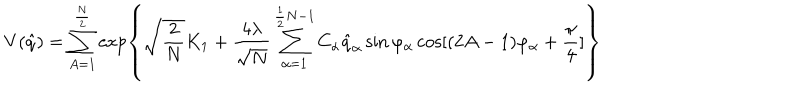
V ( \hat { q } ) = \sum _ { A = 1 } ^ { \frac { N } { 2 } } \exp \left\{ \sqrt { \frac { 2 } { N } } K _ { 1 } + \frac { 4 \lambda } { \sqrt { N } } \sum _ { \alpha = 1 } ^ { \frac { 1 } { 2 } N - 1 } C _ { \alpha } \hat { q } _ { \alpha } \sin \varphi _ { \alpha } \cos [ ( 2 A - 1 ) \varphi _ { \alpha } + \frac { \pi } { 4 } ] \right\}